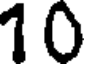
10